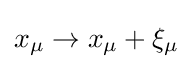
x_{\mu }\to x_{\mu }+\xi _{\mu }